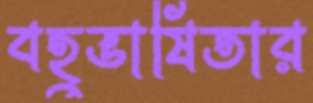
বহুভাষিতার